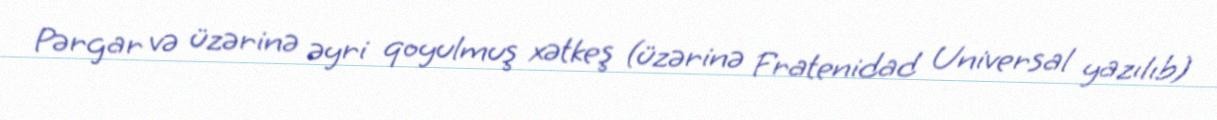
Pərgar və üzərinə əyri qoyulmuş xətkeş (üzərinə Fratenidad Universal yazılıb)